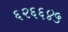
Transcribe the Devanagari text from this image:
६२६६४५